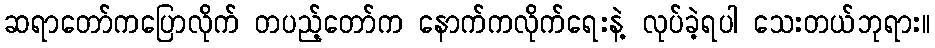
ဆရာတော်ကပြောလိုက် တပည့်တော်က နောက်ကလိုက်ရေးနဲ့ လုပ်ခဲ့ရပါ သေးတယ်ဘုရား။